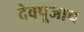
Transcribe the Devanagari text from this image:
देवपूजाच